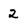
Character: 2